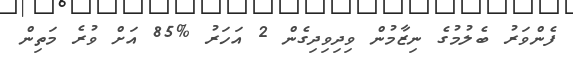
ފެންވަރު ބެލުމުގެ ނިޒާމުން ވިދިވިދިގެން 2 އަހަރު %85 އަށް ވުރެ މަތިން